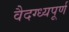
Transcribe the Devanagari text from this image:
वैदग्ध्यपूर्ण